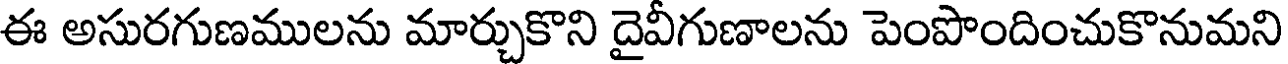
ఈ అసురగుణములను మార్చుకొని దైవీగుణాలను పెంపొందించుకొనుమని